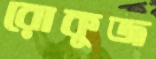
রোকুজ